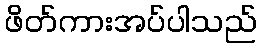
ဖိတ်ကားအပ်ပါသည်